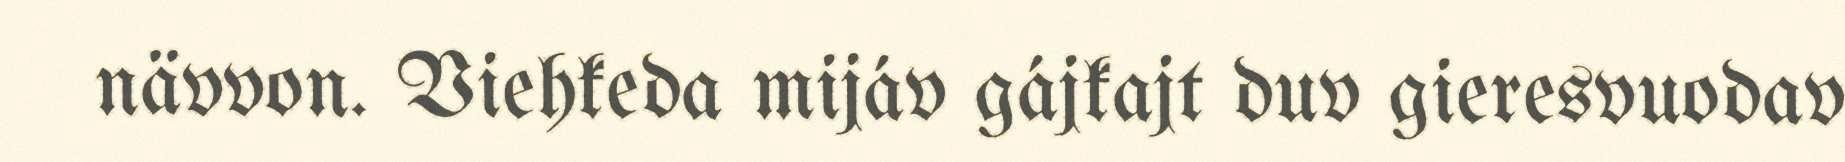
nävvon. Viehkeda mijáv gájkajt duv gieresvuodav